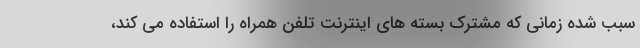
سبب شده زمانی که مشترک بسته های اینترنت تلفن همراه را استفاده می کند،